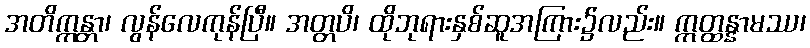
အတိက္ကန္တာ၊ လွန်လေကုန်ပြီ။ အတ္တပိ၊ ထိုဘုရားနှစ်ဆူအကြား၌လည်း။ ဣတ္ထန္နာမဿ၊